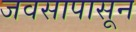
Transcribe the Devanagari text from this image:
जवसापासून